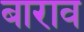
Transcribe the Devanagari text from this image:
बाराव